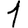
Digit: 1